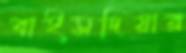
বাইসদিয়ার